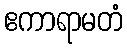
ဧကာရာမတံ